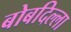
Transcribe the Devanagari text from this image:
बोबदिल्ला